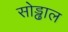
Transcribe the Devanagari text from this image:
सोड्ढाल